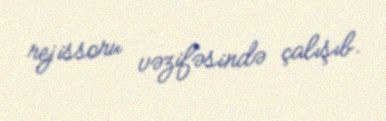
rejissoru vəzifəsində çalışıb.